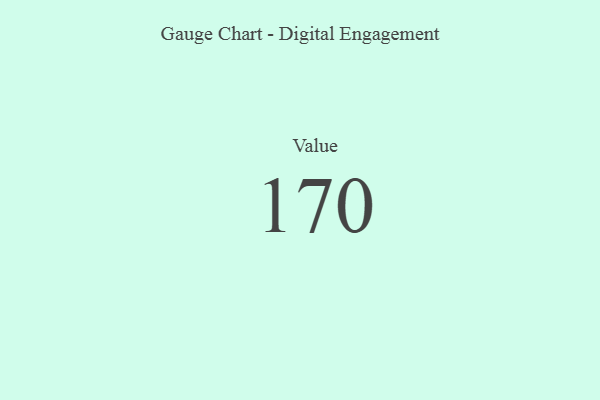
{"axis": {"x": "Metric", "y": "Value"}, "legend": [""], "data": [{"x": "Value", "y": 170, "type": ""}]}